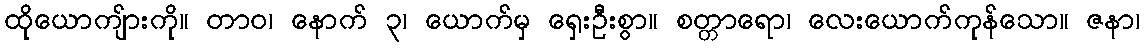
ထိုယောကျ်ားကို။ တာဝ၊ နောက် ၃၊ ယောက်မှ ရှေးဦးစွာ။ စတ္တာရော၊ လေးယောက်ကုန်သော။ ဇနာ၊